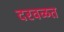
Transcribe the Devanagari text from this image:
दरवळत